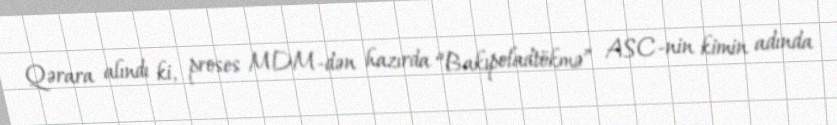
Qərara alındı ki, proses MDM-dən hazırda “Bakıpoladtökmə” ASC-nin kimin adında